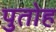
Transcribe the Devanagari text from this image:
पुतोह